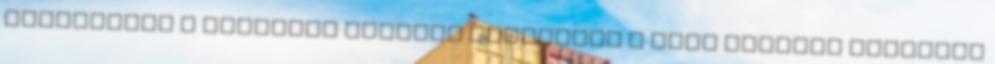
irányítása a nádikban energia csatornák a test vitális erőjének